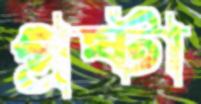
প্রষ্টা